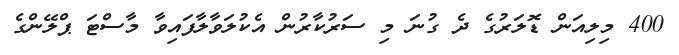
400 މިލިއަން ޑޮލަރުގެ ދެ ގުނަ މި ސަރުކާރުން އެކުލަވާލާފައިވާ މާސްޓަ ޕްލޭންގެ